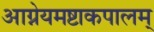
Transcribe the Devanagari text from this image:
आग्नेयमष्टाकपालम्